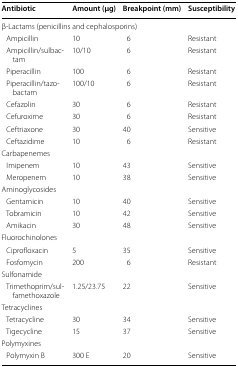
| Antibiotic | Amount (μg) | Breakpoint (mm) | Susceptibility |
 | --- | --- | --- | --- |
 | <COLSPAN=4> β-Lactams (penicillins and cephalosporins) |
 | Ampicillin | 10 | 6 | Resistant |
 | Ampicillin/sulbactam | 10/10 | 6 | Resistant |
 | Piperacillin | 100 | 6 | Resistant |
 | Piperacillin/tazobactam | 100/10 | 6 | Resistant |
 | Cefazolin | 30 | 6 | Resistant |
 | Cefuroxime | 30 | 6 | Resistant |
 | Ceftriaxone | 30 | 40 | Sensitive |
 | Ceftazidime | 10 | 6 | Resistant |
 | <COLSPAN=4> Carbapenemes |
 | Imipenem | 10 | 43 | Sensitive |
 | Meropenem | 10 | 38 | Sensitive |
 | <COLSPAN=4> Aminoglycosides |
 | Gentamicin | 10 | 40 | Sensitive |
 | Tobramicin | 10 | 42 | Sensitive |
 | Amikacin | 30 | 48 | Sensitive |
 | <COLSPAN=4> Fluorochinolones |
 | Ciprofloxacin | 5 | 35 | Sensitive |
 | Fosfomycin | 200 | 6 | Resistant |
 | <COLSPAN=4> Sulfonamide |
 | Trimethoprim/sulfamethoxazole | 1.25/23.75 | 22 | Sensitive |
 | <COLSPAN=4> Tetracyclines |
 | Tetracycline | 30 | 34 | Sensitive |
 | Tigecycline | 15 | 37 | Sensitive |
 | <COLSPAN=4> Polymyxines |
 | Polymyxin B | 300 E | 20 | Sensitive |